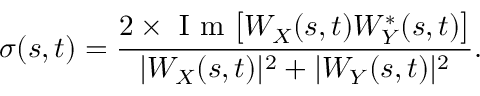
\sigma ( s , t ) = \frac { 2 \times \mathrm { ~ I ~ m ~ } \big [ W _ { X } ( s , t ) W _ { Y } ^ { * } ( s , t ) \big ] } { | W _ { X } ( s , t ) | ^ { 2 } + | W _ { Y } ( s , t ) | ^ { 2 } } .